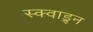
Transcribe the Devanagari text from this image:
स्क्वाड्र्न